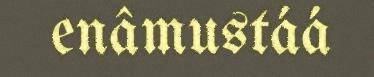
enâmustáá